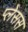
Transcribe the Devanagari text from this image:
प्लेसस